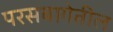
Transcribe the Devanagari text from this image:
परसबागेतील